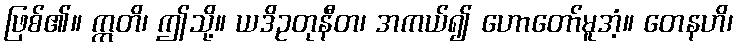
ဖြစ်၏။ ဣတိ၊ ဤသို့။ ယဒိဥတုနီတ၊ အကယ်၍ ဟောတော်မူအံ့။ တေနဟိ၊